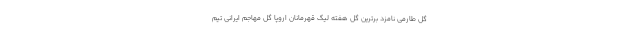
گل طارمی نامزد برترین گل هفته لیگ قهرمانان اروپا گل مهاجم ایرانی تیم